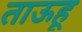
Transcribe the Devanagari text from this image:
ताऊहू